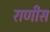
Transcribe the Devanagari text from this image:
राणीस